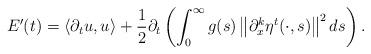
LaTeX: \begin{align*}E^{\prime}(t)=\left\langle\partial_{t} u, u\right\rangle+\frac{1}{2} \partial_{t}\left(\int_{0}^{\infty} g(s)\left\|\partial_{x}^{k} \eta^{t}(\cdot, s)\right\|^{2} d s\right) .\end{align*}